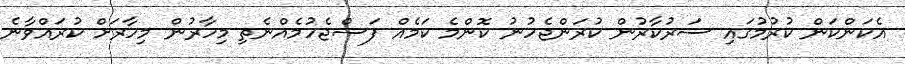
އެކަންކަން ކުރުމުގައި ސަރުކާރުން ކުރަންޖެހުނު ކޮންމެ ކަމެއް ފަސްޖެހުމެއްނެތި މިހާރުން މިހާރަށް ކުރައްވާނެ